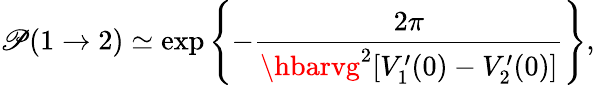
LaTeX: \mathscr{P}(1\rightarrow2)\simeq\exp\left\{ -{\frac{{2\pi}}{{\hbarvg^{2}[V_{1}^{\prime}(0)-V_{2}^{\prime}(0)]}}}\right\} ,